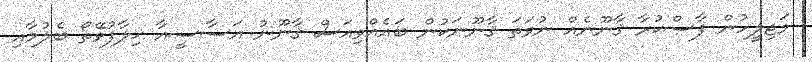
މަޖިލީހުން ފާސްކުރާ ޤާނޫނެއް ނުވަތަ ޤާނޫނަކުން ބައެއްވިއަސް ޤާނޫނު އަސާސީއާ ޚިލާފުވޭތޯ ބެލުމާއި